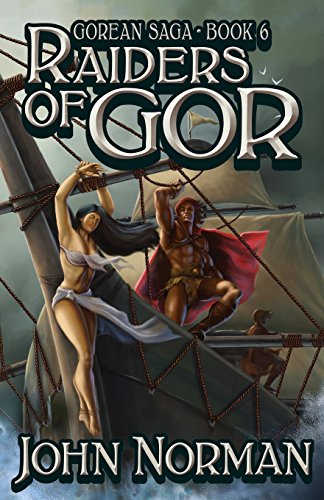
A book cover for Raiders of Gor (Gorean Saga); John Norman; Romance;